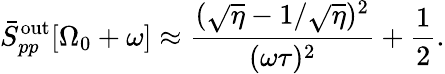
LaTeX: \bar{S}_{pp}^{\mathrm{out}}[\Omega_{0}+\omega]\approx\frac{(\sqrt{\eta}-1/\sqrt{\eta})^{2}}{(\omega\tau)^{2}}+\frac{1}{2}.